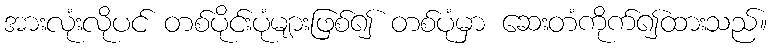
အားလုံးလိုပင် တစ်ပိုင်းပုံများဖြစ်၍ တစ်ပုံမှာ ဆေးတံကိုက်၍ထားသည်။